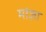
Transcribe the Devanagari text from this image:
मांज़ा